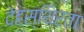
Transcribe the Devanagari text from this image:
देहस्थिरता